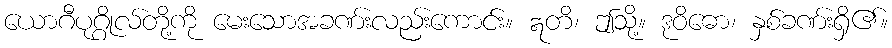
ယောဂီပုဂ္ဂိုလ်တို့ကို မေးသောအခဏ်းလည်းကောင်း။ ဣတိ၊ ဤသို့။ ဒုဝိဓော၊ နှစ်ခဏ်းရှိ၏။